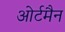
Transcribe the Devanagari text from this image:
ओर्टमैन